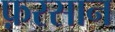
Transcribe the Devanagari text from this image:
फ़रसान